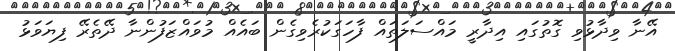
އޭނާ ވިދާޅުވި ގޮތުގައި އިދާރީ މައްސަލަތައް ފާހަގަކުރެވިގެން ބައެއް މުވައްޒަފުންނާ ދޭތެރޭ ފިޔަވަޅު